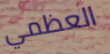
العظمي